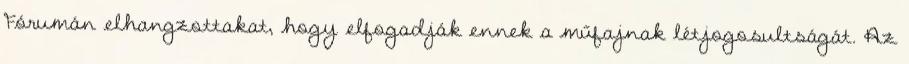
Fórumán elhangzottakat, hogy elfogadják ennek a műfajnak létjogosultságát. Az